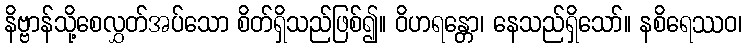
နိဗ္ဗာန်သို့စေလွှတ်အပ်သော စိတ်ရှိသည်ဖြစ်၍။ ဝိဟရန္တော၊ နေသည်ရှိသော်။ နစိရေဿဝ၊